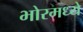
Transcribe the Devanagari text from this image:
भोरमध्ये